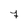
Character: 7